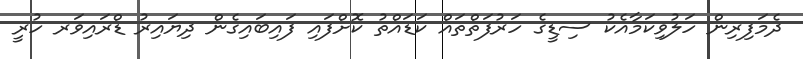
ދެމަފިރިން ހަލުވިކަމާއެކު ސިޑީގެ ހަރުފަތްތައް ކަޑައްތު ކޮށްފައި ފައިބައިގެން ދިޔައިރު ޑްރައިވަރ ހުރީ